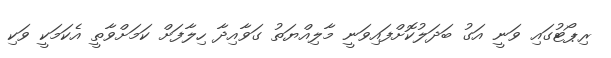
ރިޕޯޓުގައި ވަނީ އަގު ބަދަލުކޮށްފައިވަނީ މާލިއްޔަތު ގަވާއިދާ ހިލާފަށް ކަމަށްވާތީ އެކަމަކީ ވަކި